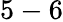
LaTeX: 5-6